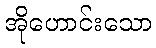
အိုဟောင်းသော